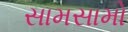
સામસામો